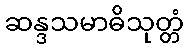
ဆန္ဒသမာဓိသုတ္တံ